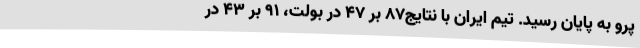
پرو به پایان رسید. تیم ایران با نتایج87 بر 47 در بولت، 91 بر 43 در